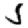
Digit: 5